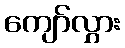
ကျော်လွှား